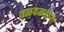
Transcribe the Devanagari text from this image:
वळवळताना